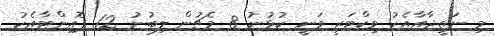
މި ނަތީޖާއާއެކު ވިކްޓަރީ ވަނީ ކުޅުނު 8 މެޗުން ލިބުނު 12 ޕޮއިންޓާއެކު